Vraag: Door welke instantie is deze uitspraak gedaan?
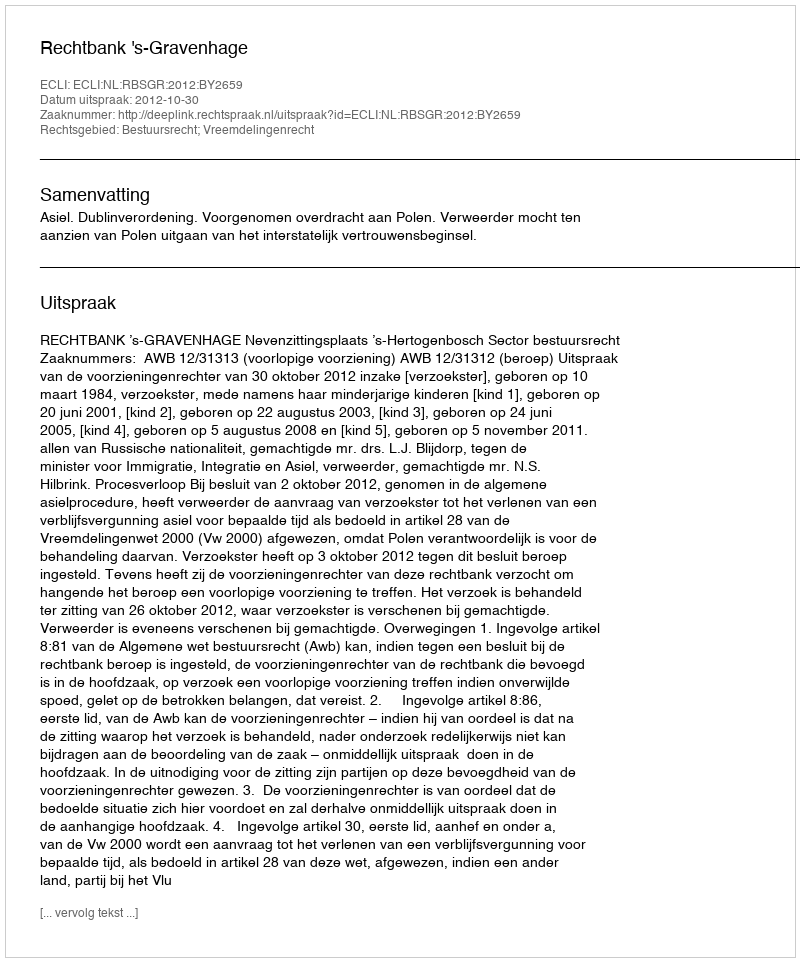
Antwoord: Rechtbank 's-Gravenhage